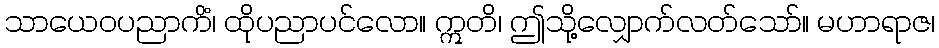
သာယေဝပညာကိံ၊ ထိုပညာပင်လော။ ဣတိ၊ ဤသို့လျှောက်လတ်သော်။ မဟာရာဇ၊